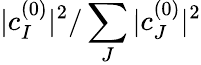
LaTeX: |c_{I}^{(0)}|^{2}/\sum_{J}|c_{J}^{(0)}|^{2}